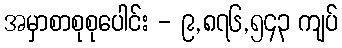
အမှာစာစုစုပေါင်း - ၉,၈၇၆,၅၄၃ ကျပ်